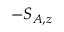
- S _ { A , z }